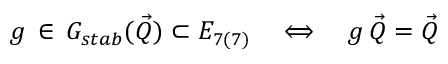
g \, \in \, G _ { s t a b } ( { \vec { Q } } ) \subset E _ { 7 ( 7 ) } \quad \Longleftrightarrow \quad g \, { \vec { Q } } = { \vec { Q } }